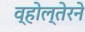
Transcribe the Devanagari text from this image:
व्होल्तेरने